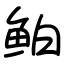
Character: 鲌